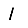
Digit: 1